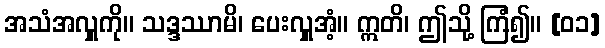
အသံအလှူကို။ သဒ္ဒဿာမိ၊ ပေးလှူအံ့။ ဣတိ၊ ဤသို့ ကြံ၍။ [၀၁]